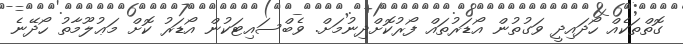
ގޮތްތަކެއް ހޯދައިދީ ވަގުތުން އޯޑަރުތައް ފޯރުކޮށްދިނުމަށް. ވެބްސައިޓަކުން އޯޑަރު ކޮށް މަޢުލޫމާތު ހޯދޭނެ